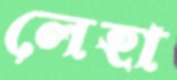
লেহা